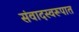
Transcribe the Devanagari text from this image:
संवादस्वरूपात